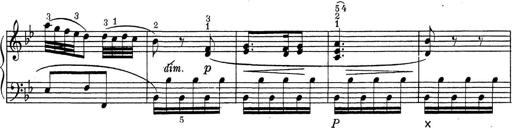
Title: ÄŒeskÃ© Sonatiny
Composer: Various